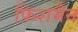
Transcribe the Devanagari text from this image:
फ़िशमैन